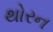
થોરન